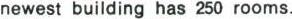
newest building has 250 rooms.